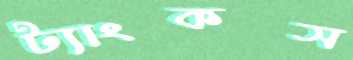
ট্যাংকস